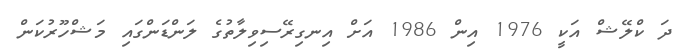
ދަ ކްލޭޝް އަކީ 1976 އިން 1986 އަށް އިނގިރޭސިވިލާތުގެ ލަންޑަންގައި މަޝްހޫރުކަން